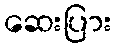
ဆေးပြား